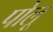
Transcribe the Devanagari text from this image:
पोलू